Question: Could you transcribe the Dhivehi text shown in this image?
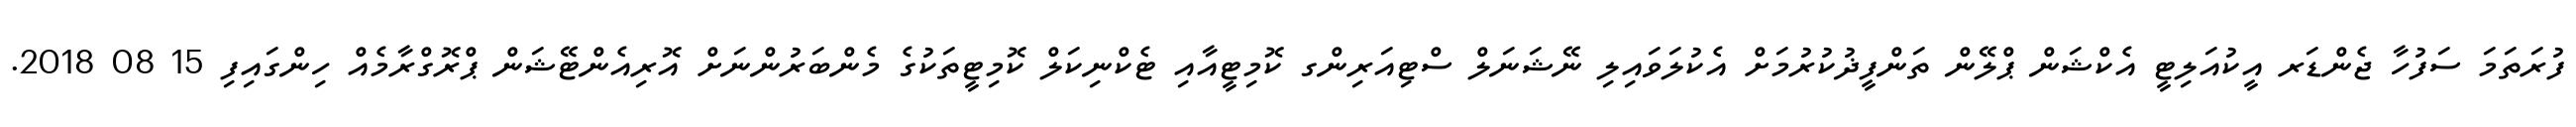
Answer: ފުރަތަމަ ސަފުހާ ޖެންޑަރ އީކުއަލިޓީ އެކްޝަން ޕްލޭން ތަންފީޛުކުރުމަށް އެކުލަވައިލި ނޭޝަނަލް ސްޓިއަރިންގ ކޮމިޓީއާއި ޓެކްނިކަލް ކޮމިޓީތަކުގެ މެންބަރުންނަށް އޮރިއެންޓޭޝަން ޕްރޮގްރާމެއް ހިންގައިފި 15 08 2018.